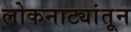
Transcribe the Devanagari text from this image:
लोकनाट्यांतून